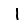
Digit: 1